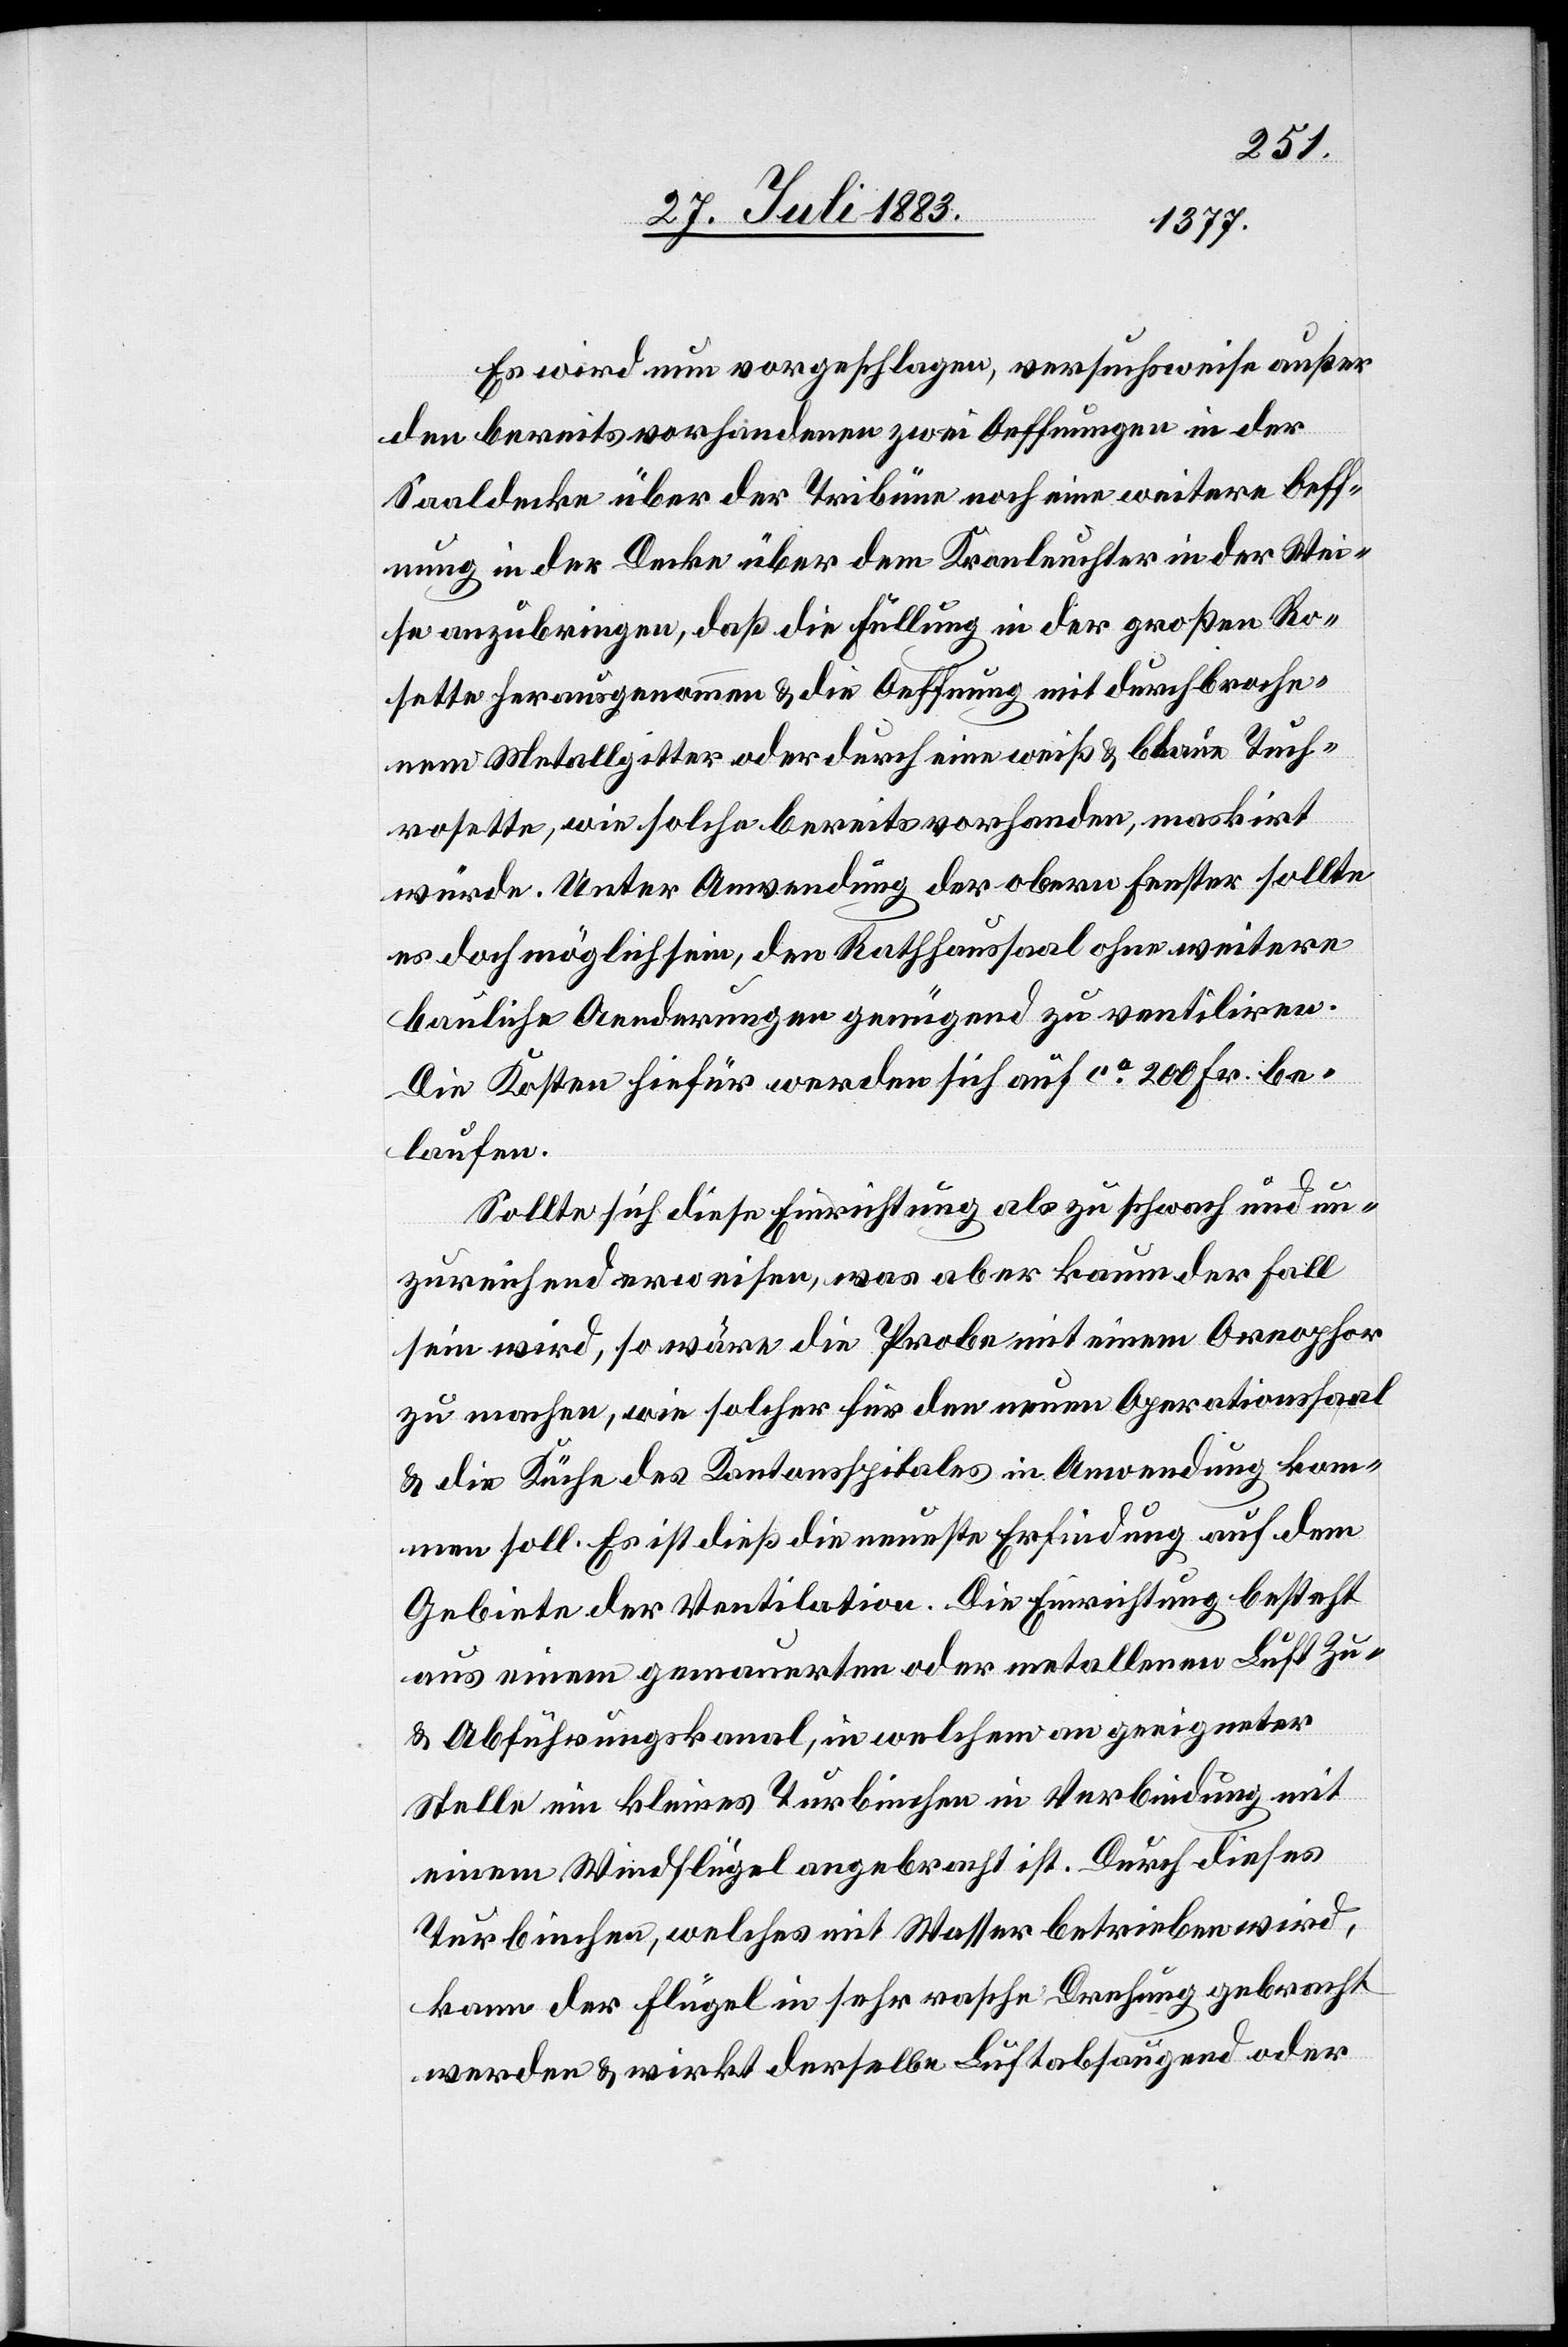
Es wird nun vorgeschlagen, versuchsweise außer
den bereits vorhandenen zwei Oeffnungen in der
Saaldecke über der Tribüne noch eine weitere Oeff¬
nung in der Decke über dem Kronleuchter in der Wei¬
se anzubringen, daß die Füllung in der großen Ro¬
sette herausgenommen & die Oeffnung mit durchbroche¬
nem Metallgitter oder durch eine weiß & blaue Tuch¬
rosette, wie solche bereits vorhanden, maskirt
würde. Unter Anwendung der obern Fenster sollte
es doch möglich sein, den Rathhaussaal ohne weitere
bauliche Aenderungen genügend zu venitliren.
Die Kosten hiefür werden sich auf ca 200 Fr. be¬
laufen.
Sollte sich diese Einrichtung als zu schwach und un¬
zureichend erweisen, was aber kaum der Fall
sein wird, so wäre die Probe mit einem Oreophor
zu machen, wie solcher für den neuen Operationssaal
& die Küche des Kantonsspitales in Anwendung kom¬
men soll. Es ist dieß die neueste Erfindung auf dem
Gebiete der Ventilation. Die Einrichtung besteht
aus einem gemauerten oder metallenen Luft Zu-
& Abführungskanal, in welchem an geeigneter
Stelle ein kleines Turbinchen in Verbindung mit
einem Windflügel angebracht ist. Durch dieses
Turbinchen, welches mit Wasser betrieben wird,
kann der Flügel in sehr rasche Drehung gebracht
werden & wirkt derselbe Luftabsaugend [sic!] oder